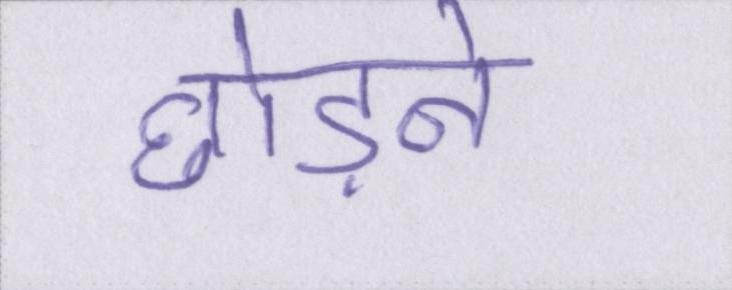
छोड़ने